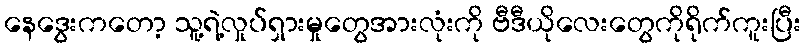
နေဒွေးကတော့ သူ့ရဲ့လှုပ်ရှားမှုတွေအားလုံးကို ဗီဒီယိုလေးတွေကိုရိုက်ကူးပြီး